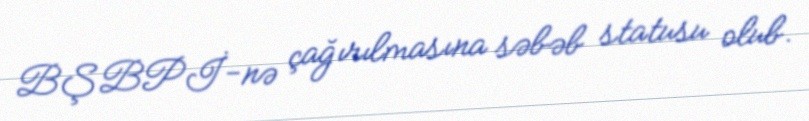
BŞBPİ-nə çağırılmasına səbəb statusu olub.